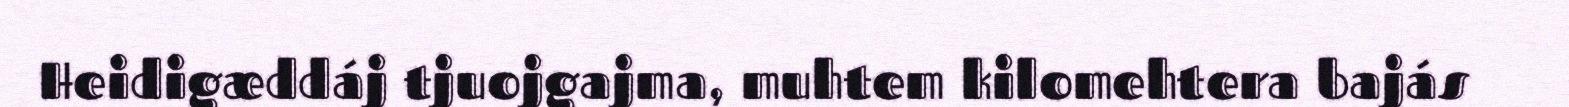
Heidigæddáj tjuojgajma, muhtem kilomehtera bajás